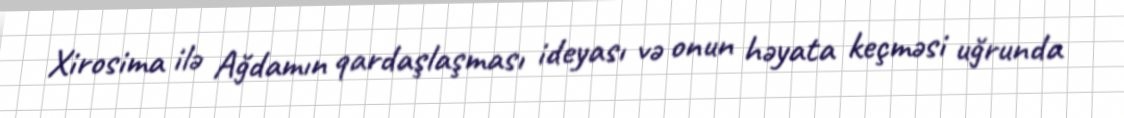
Xirosima ilə Ağdamın qardaşlaşması ideyası və onun həyata keçməsi uğrunda